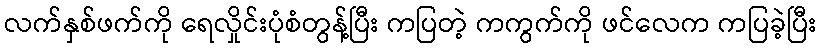
လက်နှစ်ဖက်ကို ရေလှိုင်းပုံစံတွန့်ပြီး ကပြတဲ့ ကကွက်ကို ဖင်လေက ကပြခဲ့ပြီး